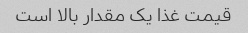
قیمت غذا یک مقدار بالا است